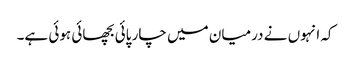
کہ انہوں نے درمیان میں چار پائی بچھائی ہوئی ہے۔